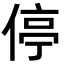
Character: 停